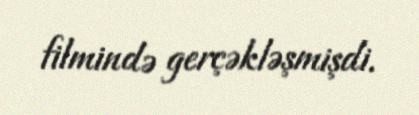
filmində gerçəkləşmişdi.